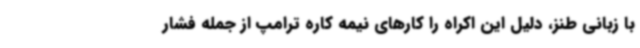
با زبانی طنز، دلیل این اکراه را کارهای نیمه کاره ترامپ از جمله فشار